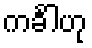
ကင်္ခါဟု